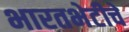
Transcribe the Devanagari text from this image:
भारतभेटीचे